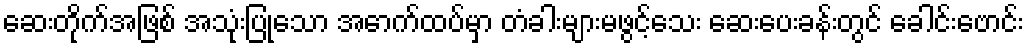
ဆေးတိုက်အဖြစ် အသုံးပြုသော အောက်ထပ်မှာ တံခါးများမဖွင့်သေး ဆေးပေးခန်းတွင် ခေါင်းဗောင်း